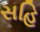
સહિ